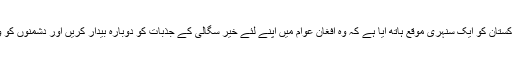
افغان مذاکراتی عمل میں مثبت کردار ادا کرنے سے اب پاکستان کو ایک سنہری موقع ہاتھ آیا ہے کہ وہ افغان عوام میں اپنے لئے خیر سگالی کے جذبات کو دوبارہ بیدار کریں اور دشمنوں کو وہاں کھیل کھیلنے کے مواقع محدود سے محدود تر کریں ۔